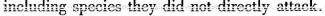
including species they did not dircetly attack.